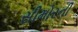
સીમોરની